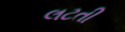
લટતી